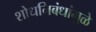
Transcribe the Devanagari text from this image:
शोधनिबंधांमुळे